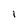
Character: l